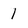
Character: 1